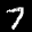
Label: 7